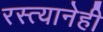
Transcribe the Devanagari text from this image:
रस्त्यानेही